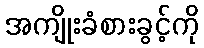
အကျိုးခံစားခွင့်ကို